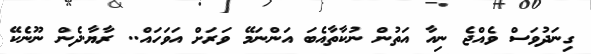
ގިނަދުވަސް ވެއްޖެ ނިއާ އަތުން ނުކާތާއެބަ އަންނަމޭ ވަރަށް އަވަހައް.. ރާޔާ.ދެން ނޫނެކޭ